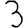
Digit: 3